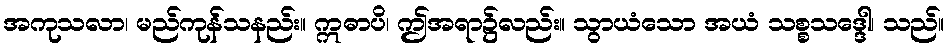
အကုသလာ၊ မည်ကုန်သနည်း။ ဣဓာပိ၊ ဤအရာ၌လည်း။ သွာယံသော အယံ သစ္စသဒ္ဒေါ၊ သည်။